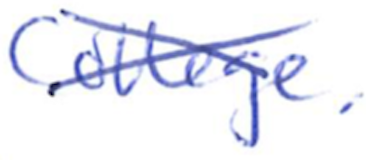
Text: College,
Cross-out: cross
Writing tool: ballpoint